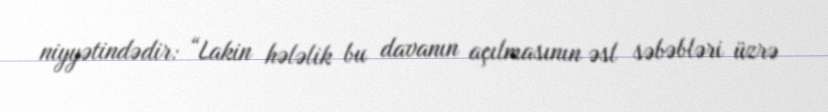
niyyətindədir: “Lakin hələlik bu davanın açılmasının əsl səbəbləri üzrə